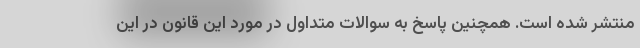
منتشر شده است. همچنین پاسخ به سوالات متداول در مورد این قانون در این